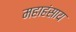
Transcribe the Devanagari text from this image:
महाहंसाय